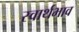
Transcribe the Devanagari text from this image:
स्वार्थभाव